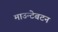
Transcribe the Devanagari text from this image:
माउन्टेबटन